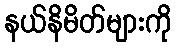
နယ်နိမိတ်များကို